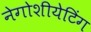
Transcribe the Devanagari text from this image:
नेगोशीयेटिंग